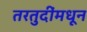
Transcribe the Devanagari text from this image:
तरतुदींमधून